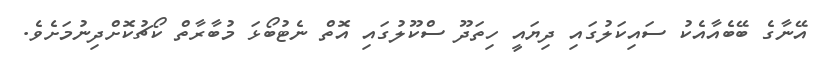
އޭނާގެ ބޭބެއާއެކު ސައިކަލުގައި ދިޔައީ ހިތަދޫ ސްކޫލުގައި އޮތް ނެޓުބޯޅަ މުބާރާތް ކޯޗުކޮށްދިނުމަށެވެ.